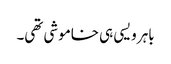
باہر ویسی ہی خاموشی تھی۔